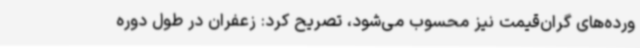
ورده‌های گران‌قیمت نیز محسوب می‌شود، تصریح کرد: زعفران در طول دوره